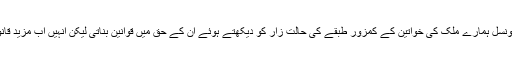
ہونا تو یہ چاہیے تھا کہ آئیڈیالوجی کونسل ہمارے ملک کی خواتین کے کمزور طبقے کی حالت زار کو دیکھتے ہوئے ان کے حق میں قوانین بناتی لیکن انہیں اب مزید قانونی حقوق سے محروم ہونا پڑے گا ۔